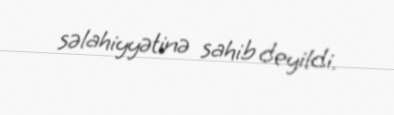
səlahiyyətinə sahib deyildi.